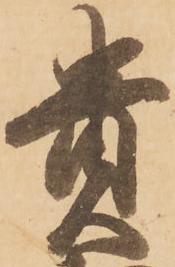
貴